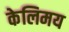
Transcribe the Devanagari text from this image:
केलिमय